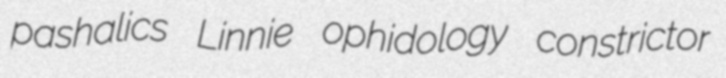
pashalics Linnie ophidology constrictor